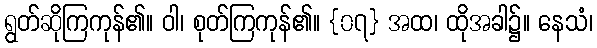
ရွတ်ဆိုကြကုန်၏။ ဝါ၊ စုတ်ကြကုန်၏။ {၀၇} အထ၊ ထိုအခါ၌။ နေသံ၊